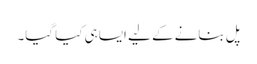
پل بنانے کے لیے ایسا ہی کیا گیا۔